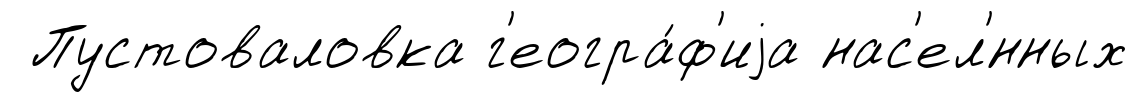
Пустоваловка г'еогра́ф'иjа нас'ел'́нных